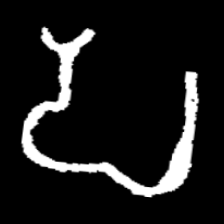
Pyu character \u2014 Myanmar letter: ပ (romanized: pa)